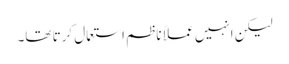
لیکن انہیں عملاً ناظم استعمال کرتا تھا۔